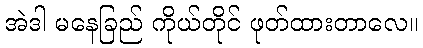
အဲဒါ မနေခြည် ကိုယ်တိုင် ဖုတ်ထားတာလေ။